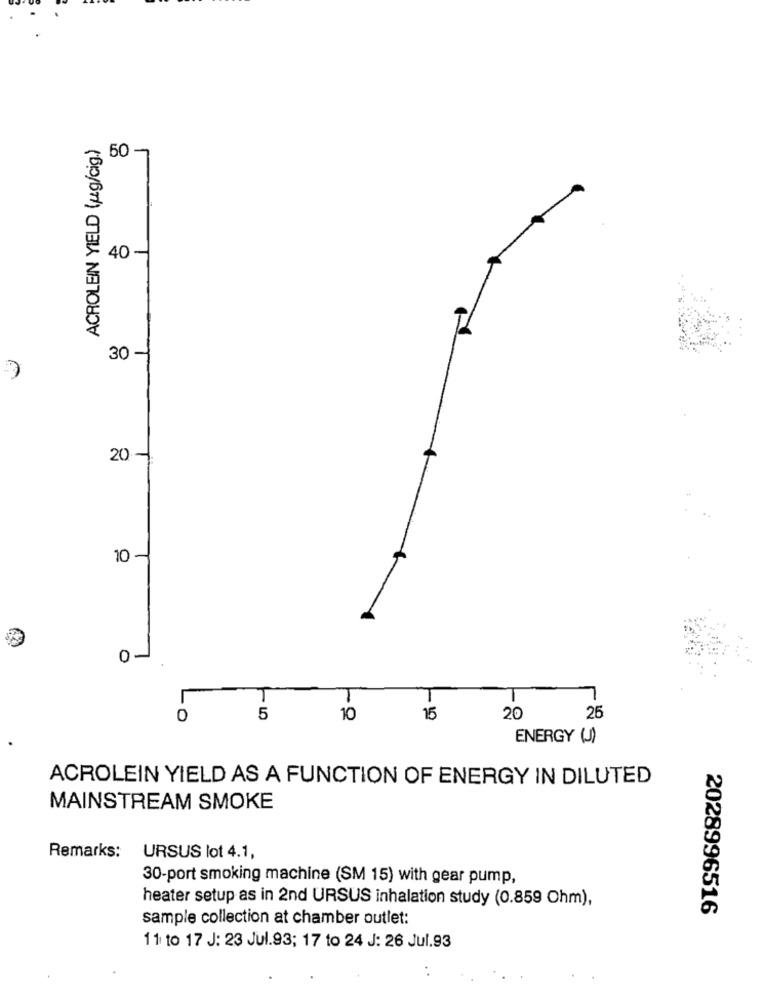
ACROLEIN YIELD (ug/cig.)
50 -
40-
30 -
20
10 -
0-
0
5
10
15
20
25
ENERGY (J)
ACROLEIN YIELD AS A FUNCTION OF ENERGY IN DILUTED
MAINSTREAM SMOKE
Remarks:
URSUS lot 4.1,
30-port smoking machine (SM 15) with gear pump,
heater setup as in 2nd URSUS inhalation study (0.859 Ohm),
2028996516
sample collection at chamber outlet:
11 to 17 J: 23 Jul.93; 17 to 24 J: 26 Jul.93
. .